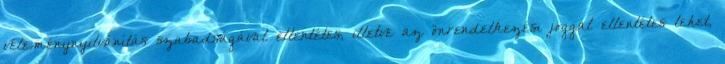
véleménynyilvánítás szabadságával ellentétes, illetve az önrendelkezési joggal ellentétes lehet,